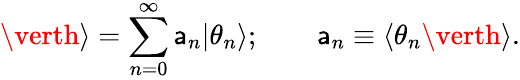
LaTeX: \verth\rangle=\sum_{n=0}^{\infty}\mathsf{a}_{n}\vert\theta_{n}\rangle;\quad\quad\mathsf{a}_{n}\equiv\langle\theta_{n}\verth\rangle.